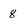
Character: 8